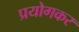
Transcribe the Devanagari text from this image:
प्रयोगकर